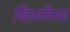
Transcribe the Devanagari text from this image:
खिडकीच्या